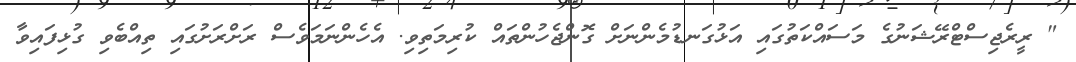
" ރީރެޖިސްޓްރޭޝަނުގެ މަސައްކަތުގައި އަޅުގަނޑުމެންނަށް ގޮންޖެހުންތައް ކުރިމަތިވި. އެހެންނަމަވެސް ރަށްރަށުގައި ތިއްބެވި ގުޅިފައިވާ